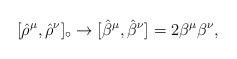
LaTeX: \begin{align*}[{\hat\rho}^\mu,{\hat\rho}^\nu]_\circ\rightarrow[{\hat\beta}^\mu,{\hat\beta}^\nu]=2\beta^\mu\beta^\nu,\end{align*}